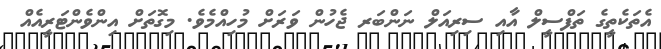
އެތަކެތީގެ ތަފްސީލް އާއި ސިރިއަލް ނަންބަރ ޖެހުން ވަރަށް މުހިއްމެވެ. މިގޮތަށް އިންވެންޓަރީއެއް